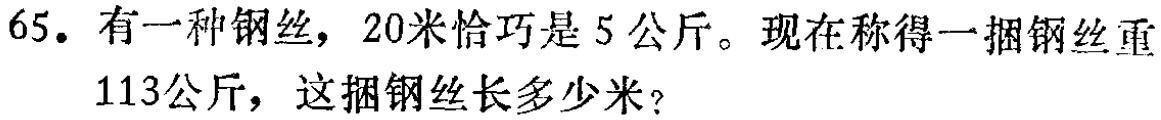
65. 有一种钢丝，20米恰巧是5公斤。现在称得一捆钢丝重
113公斤，这捆钢丝长多少米？